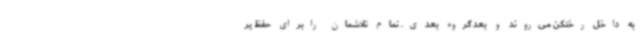
به داخل رختکن می‌روند و بعد گروه بعدی. تمام تلاشمان رابرای حفظ پر